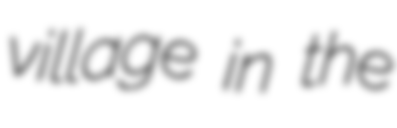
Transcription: village in the